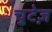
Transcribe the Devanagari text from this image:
चुटेज़